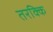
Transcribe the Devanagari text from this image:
तरक्कि